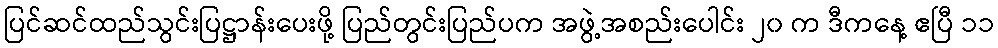
ပြင်ဆင်ထည်သွင်းပြဋ္ဌာန်းပေးဖို့ ပြည်တွင်းပြည်ပက အဖွဲ့အစည်းပေါင်း ၂၀ က ဒီကနေ့ ဧပြီ ၁၁